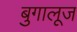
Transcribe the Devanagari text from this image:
बुगालूज